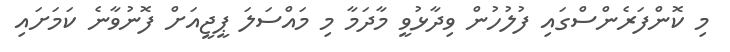
މި ކޮންފަރެންސްގައި ފުލުހުން ވިދާޅުވީ މާދަމާ މި މައްސަލަ ޕީޖީއަށް ފޮނުވާނެ ކަމަށައި